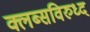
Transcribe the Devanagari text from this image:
क्लब्सविरुध्द